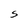
Character: S